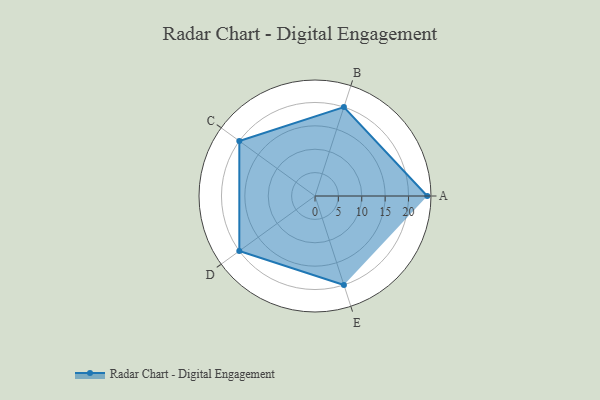
{"axis": {"x": "Skill", "y": "Score"}, "legend": ["Profile"], "data": [{"x": "A", "y": 24.0, "type": "Profile"}, {"x": "B", "y": 20.0, "type": "Profile"}, {"x": "C", "y": 20, "type": "Profile"}, {"x": "D", "y": 20, "type": "Profile"}, {"x": "E", "y": 20, "type": "Profile"}]}